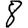
Digit: 8